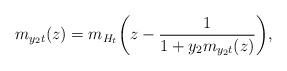
\begin{align*} m_{y_2t}(z)=m_{H_t} \biggl(z-\frac{1}{1+y_2m_{y_2t}(z)}\biggr),\end{align*}